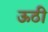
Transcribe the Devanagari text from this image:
ऊठी